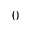
0